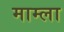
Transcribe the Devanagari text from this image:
माम्ला